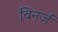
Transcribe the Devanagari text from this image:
विनर्ज